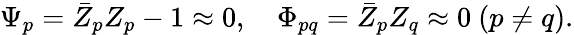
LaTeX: \Psi_{p}=\bar{Z}_{p}Z_{p}-1\approx 0,\quad\Phi_{pq}=\bar{Z}_{p}Z_{q}\approx 0\ (p\neq q).